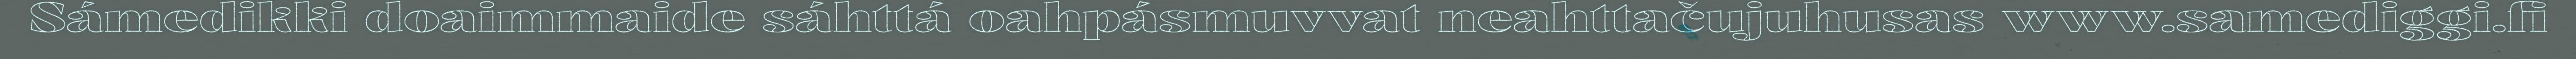
Sámedikki doaimmaide sáhttá oahpásmuvvat neahttačujuhusas www.samediggi.fi